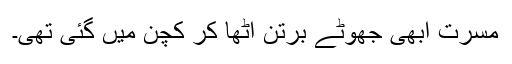
مسرت ابھی جھوٹے برتن اٹھا کر کچن میں گئی تھی۔